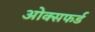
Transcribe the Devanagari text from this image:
ओक्सफर्ड